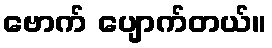
ဗောက် ပျောက်တယ်။